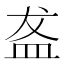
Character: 盋